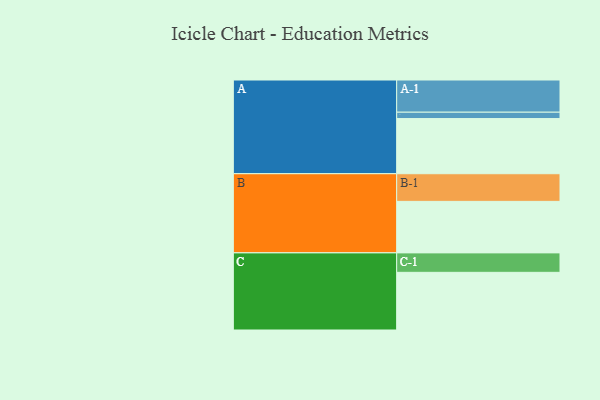
{"axis": {"x": "Segment", "y": "Value"}, "legend": ["", "A", "B", "C"], "data": [{"x": "A", "y": 485, "type": ""}, {"x": "B", "y": 453, "type": ""}, {"x": "C", "y": 507, "type": ""}, {"x": "A-1", "y": 283, "type": "A"}, {"x": "A-2", "y": 56, "type": "A"}, {"x": "B-1", "y": 243, "type": "B"}, {"x": "C-1", "y": 171, "type": "C"}]}